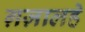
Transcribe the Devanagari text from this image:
ग़ज़ालहे